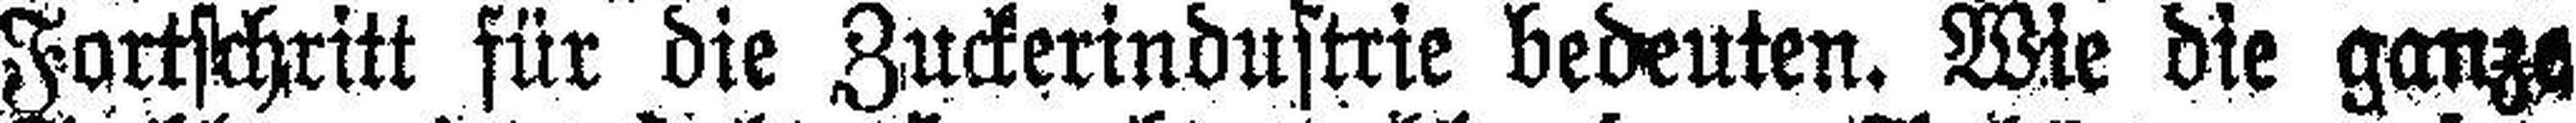
Fortschritt für die Zuckerindustrie bedeuten. Wie die ganze